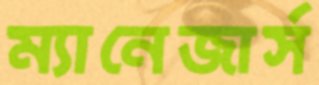
ম্যানেজার্স